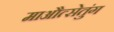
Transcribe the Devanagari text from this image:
माऔत्सेतुंग